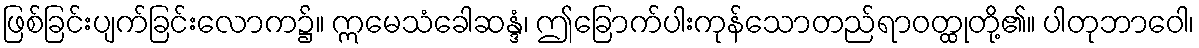
ဖြစ်ခြင်းပျက်ခြင်းလောက၌။ ဣမေသံခေါဆန္ဒံ၊ ဤခြောက်ပါးကုန်သောတည်ရာဝတ္ထုတို့၏။ ပါတုဘာဝေါ၊